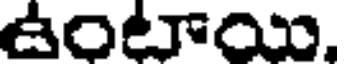
ఉంటాయి,